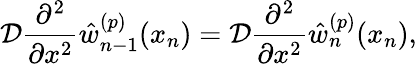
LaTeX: \mathcal{D}\frac{\partial^{2}}{\partial x^{2}}\hat{w}_{n-1}^{(p)}(x_{n})=\mathcal{D}\frac{\partial^{2}}{\partial x^{2}}\hat{w}_{n}^{(p)}(x_{n}),